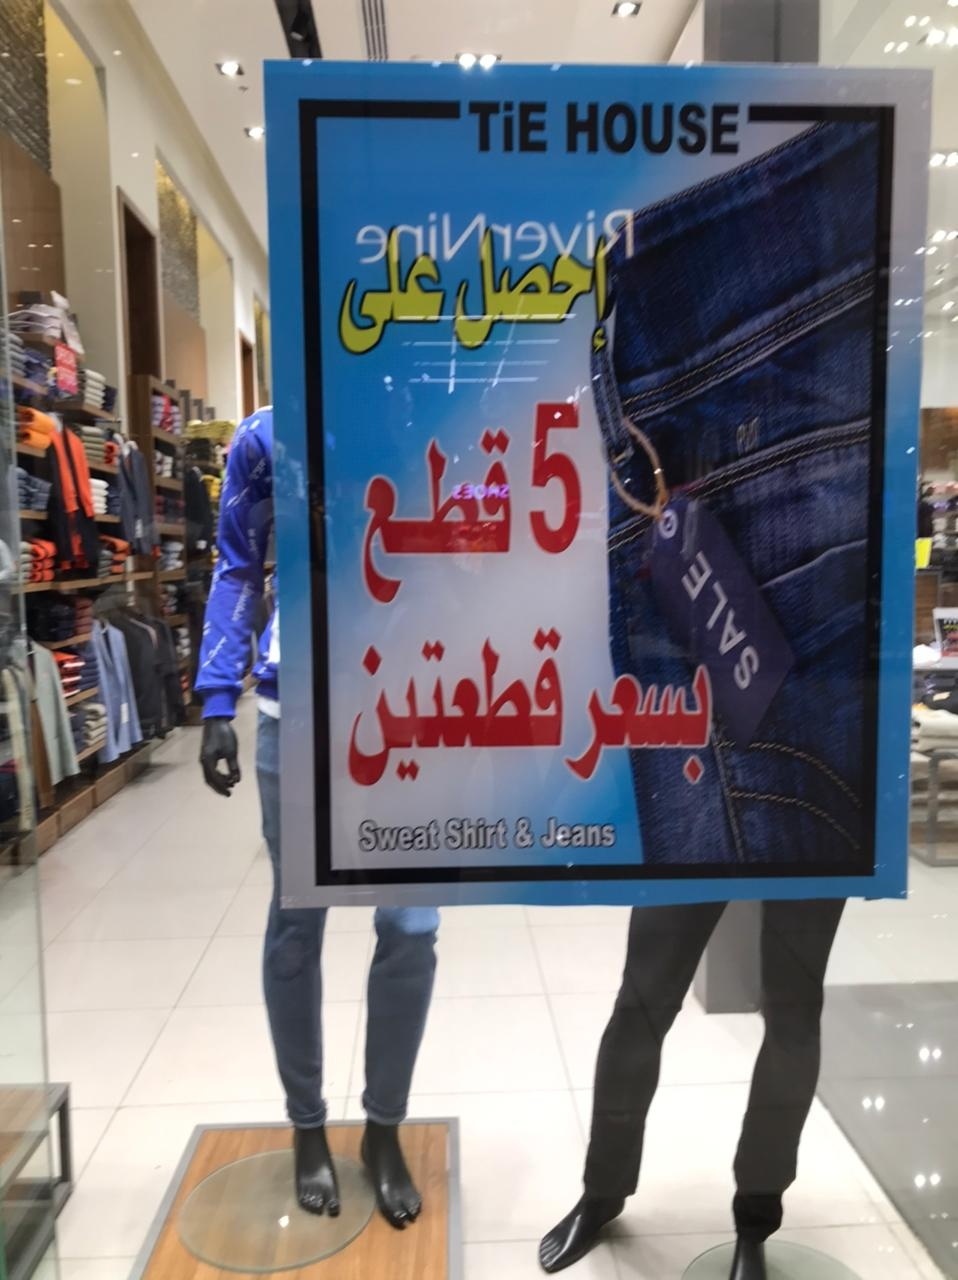
Text in image: على إحصل قطع قطعتين بسعر TiE HOUSE 5 SALE Sweat Shirt & Jeans